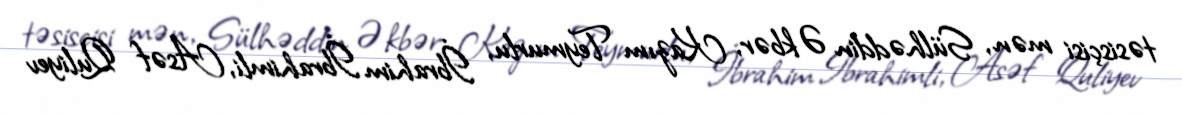
təsisçisi mən, Sülhəddin Əkbər, Kazım Teymurlu, İbrahim İbrahimli, Asəf Quliyev